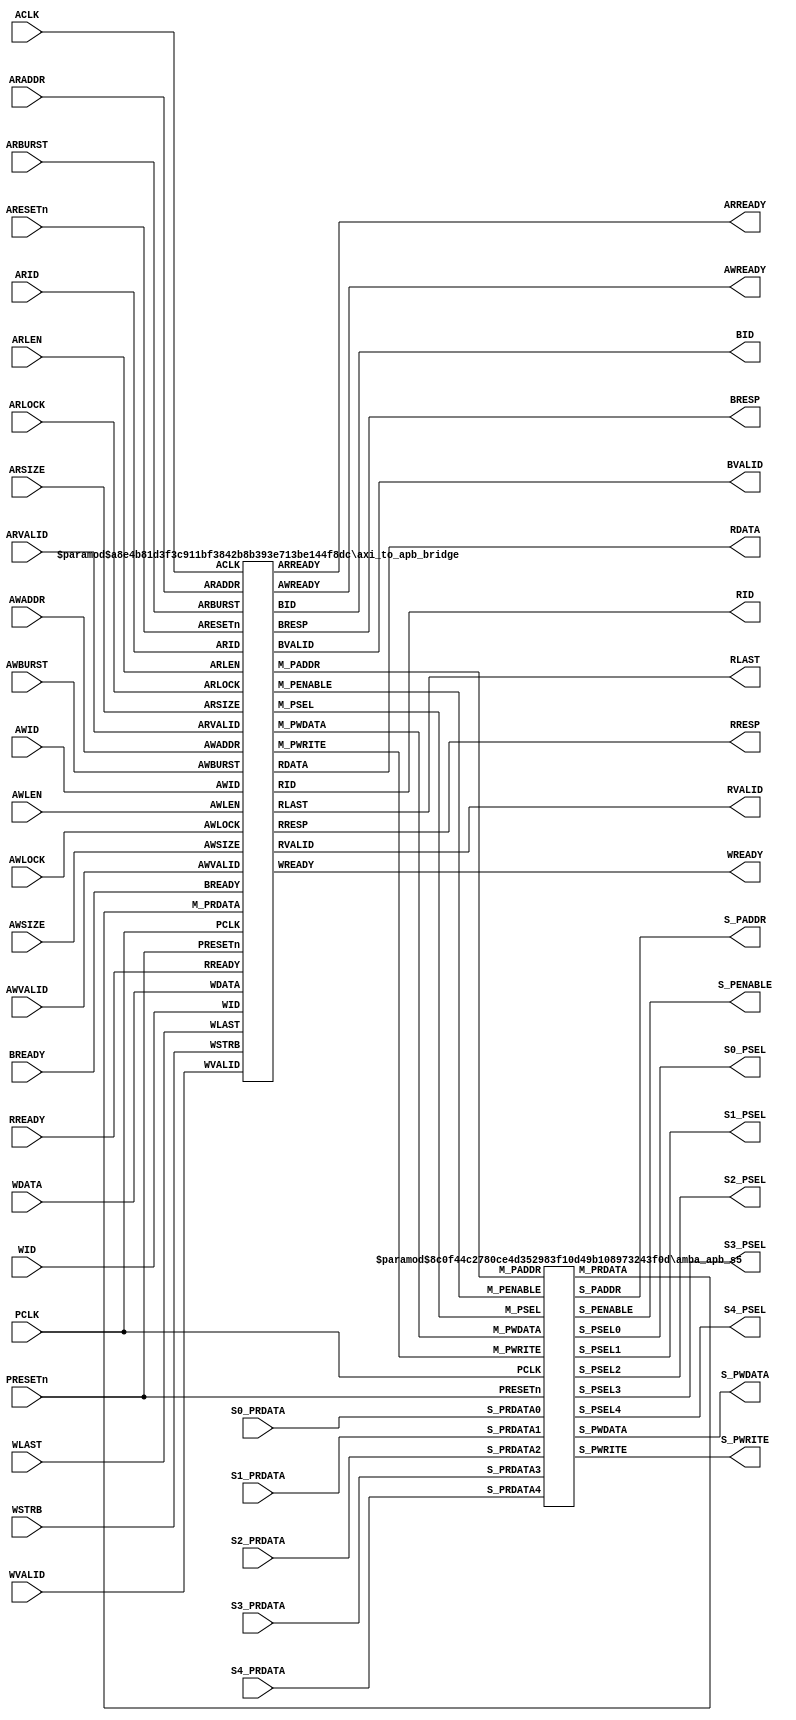
//---------------------------------------------------------------------------
// gen_amba_apb.v generated by "gen_amba_apb"
//---------------------------------------------------------------------------
//---------------------------------------------------------------------------
module axi_to_apb_s5
     #(parameter AXI_WIDTH_CID = 4 // Channel ID width in bits
               , AXI_WIDTH_ID  = 4 // ID width in bits
               , AXI_WIDTH_AD  =32 // address width
               , AXI_WIDTH_DA  =32 // data width
               , AXI_WIDTH_DS  =(AXI_WIDTH_DA/8) // data strobe width
               , AXI_WIDTH_SID =(AXI_WIDTH_CID+AXI_WIDTH_ID)
               , NUM_PSLAVE    =5
               , WIDTH_PAD     =32 // address width
               , WIDTH_PDA     =32 // data width
               , WIDTH_PDS     =(WIDTH_PDA/8) // data strobe width
               , ADDR_PBASE0  =32'hC0000000, ADDR_PLENGTH0=16
               , ADDR_PBASE1  =32'hC0001000, ADDR_PLENGTH1=16
               , ADDR_PBASE2  =32'hC0002000, ADDR_PLENGTH2=16
               , ADDR_PBASE3  =32'hC0003000, ADDR_PLENGTH3=16
               , ADDR_PBASE4  =32'hC0004000, ADDR_PLENGTH4=16
               , CLOCK_RATIO  =2'b00// 0=1:1, 3=async
      )
(
       input  wire                     ARESETn
     , input  wire                     ACLK
     , input  wire [AXI_WIDTH_SID-1:0] AWID
     , input  wire [AXI_WIDTH_AD-1:0]  AWADDR
     `ifdef AMBA_AXI4
     , input  wire [ 7:0]              AWLEN
     , input  wire                     AWLOCK
     `else
     , input  wire [ 3:0]              AWLEN
     , input  wire [ 1:0]              AWLOCK
     `endif
     , input  wire [ 2:0]              AWSIZE
     , input  wire [ 1:0]              AWBURST
     `ifdef AMBA_AXI_CACHE
     , input  wire [ 3:0]              AWCACHE
     `endif
     `ifdef AMBA_AXI_PROT
     , input  wire [ 2:0]              AWPROT
     `endif
     , input  wire                     AWVALID
     , output wire                     AWREADY
     `ifdef AMBA_AXI4
     , input  wire [ 3:0]              AWQOS
     , input  wire [ 3:0]              AWREGION
     `endif
     , input  wire [AXI_WIDTH_SID-1:0] WID
     , input  wire [AXI_WIDTH_DA-1:0]  WDATA
     , input  wire [AXI_WIDTH_DS-1:0]  WSTRB
     , input  wire                     WLAST
     , input  wire                     WVALID
     , output wire                     WREADY
     , output wire [AXI_WIDTH_SID-1:0] BID
     , output wire [ 1:0]              BRESP
     , output wire                     BVALID
     , input  wire                     BREADY
     , input  wire [AXI_WIDTH_SID-1:0] ARID
     , input  wire [AXI_WIDTH_AD-1:0]  ARADDR
     `ifdef AMBA_AXI4
     , input  wire [ 7:0]              ARLEN
     , input  wire                     ARLOCK
     `else
     , input  wire [ 3:0]              ARLEN
     , input  wire [ 1:0]              ARLOCK
     `endif
     , input  wire [ 2:0]              ARSIZE
     , input  wire [ 1:0]              ARBURST
     `ifdef AMBA_AXI_CACHE
     , input  wire [ 3:0]              ARCACHE
     `endif
     `ifdef AMBA_AXI_PROT
     , input  wire [ 2:0]              ARPROT
     `endif
     , input  wire                     ARVALID
     , output wire                     ARREADY
     `ifdef AMBA_AXI4
     , input  wire [ 3:0]              ARQOS
     , input  wire [ 3:0]              ARREGION
     `endif
     , output wire [AXI_WIDTH_SID-1:0] RID
     , output wire [AXI_WIDTH_DA-1:0]  RDATA
     , output wire [ 1:0]              RRESP
     , output wire                     RLAST
     , output wire                     RVALID
     , input  wire                     RREADY
     //-----------------------------------------------------------
     , input  wire                     PRESETn
     , input  wire                     PCLK
     , output wire [WIDTH_PAD-1:0]     S_PADDR
     , output wire                     S_PENABLE
     , output wire                     S_PWRITE
     , output wire [WIDTH_PDA-1:0]     S_PWDATA
     , output wire                     S0_PSEL
     , input  wire [WIDTH_PDA-1:0]     S0_PRDATA
     `ifdef AMBA_APB3
     , input  wire                     S0_PREADY
     , input  wire                     S0_PSLVERR
     `endif
     , output wire                     S1_PSEL
     , input  wire [WIDTH_PDA-1:0]     S1_PRDATA
     `ifdef AMBA_APB3
     , input  wire                     S1_PREADY
     , input  wire                     S1_PSLVERR
     `endif
     , output wire                     S2_PSEL
     , input  wire [WIDTH_PDA-1:0]     S2_PRDATA
     `ifdef AMBA_APB3
     , input  wire                     S2_PREADY
     , input  wire                     S2_PSLVERR
     `endif
     , output wire                     S3_PSEL
     , input  wire [WIDTH_PDA-1:0]     S3_PRDATA
     `ifdef AMBA_APB3
     , input  wire                     S3_PREADY
     , input  wire                     S3_PSLVERR
     `endif
     , output wire                     S4_PSEL
     , input  wire [WIDTH_PDA-1:0]     S4_PRDATA
     `ifdef AMBA_APB3
     , input  wire                     S4_PREADY
     , input  wire                     S4_PSLVERR
     `endif
     `ifdef AMBA_APB4
     , output wire [WIDTH_PDS-1:0]     S_PSTRB
     , output wire [ 2:0]              S_PPROT
     `endif
     //-----------------------------------------------------------
);
     //-----------------------------------------------------------
     wire        M_PSEL   ;
     wire        M_PENABLE;
     wire [31:0] M_PADDR  ;
     wire        M_PWRITE ;
     wire [31:0] M_PRDATA ;
     wire [31:0] M_PWDATA ;
     `ifdef AMBA_APB3
     wire        M_PREADY ;
     wire        M_PSLVERR;
     `endif
     `ifdef AMBA_APB4
     wire [ 2:0] M_PPROT  ;
     wire [ 3:0] M_PSTRB  ;
     `endif
     //-----------------------------------------------------------
     axi_to_apb_bridge #(.AXI_WIDTH_CID(AXI_WIDTH_CID)// Channel ID width in bits
                        ,.AXI_WIDTH_ID (AXI_WIDTH_ID )// ID width in bits
                        ,.AXI_WIDTH_AD (AXI_WIDTH_AD )// address width
                        ,.AXI_WIDTH_DA (AXI_WIDTH_DA )// data width
                        ,.APB_WIDTH_PAD(WIDTH_PAD    )// APB address width
                        ,.CLOCK_RATIO  (CLOCK_RATIO  )
                        )
     u_bridge (
            .ARESETn            (ARESETn    )
          , .ACLK               (ACLK       )
          , .AWID               (AWID       )
          , .AWADDR             (AWADDR     )
          , .AWLEN              (AWLEN      )
          , .AWLOCK             (AWLOCK     )
          , .AWSIZE             (AWSIZE     )
          , .AWBURST            (AWBURST    )
          `ifdef AMBA_AXI_CACHE
          , .AWCACHE            (AWCACHE    )
          `endif
          `ifdef AMBA_AXI_PROT
          , .AWPROT             (AWPROT     )
          `endif
          , .AWVALID            (AWVALID    )
          , .AWREADY            (AWREADY    )
          `ifdef AMBA_AXI4
          , .AWQOS              (AWQOS      )
          , .AWREGION           (AWREGION   )
          `endif
          , .WID                (WID        )
          , .WDATA              (WDATA      )
          , .WSTRB              (WSTRB      )
          , .WLAST              (WLAST      )
          , .WVALID             (WVALID     )
          , .WREADY             (WREADY     )
          , .BID                (BID        )
          , .BRESP              (BRESP      )
          , .BVALID             (BVALID     )
          , .BREADY             (BREADY     )
          , .ARID               (ARID       )
          , .ARADDR             (ARADDR     )
          , .ARLEN              (ARLEN      )
          , .ARLOCK             (ARLOCK     )
          , .ARSIZE             (ARSIZE     )
          , .ARBURST            (ARBURST    )
          `ifdef AMBA_AXI_CACHE
          , .ARCACHE            (ARCACHE    )
          `endif
          `ifdef AMBA_AXI_PROT
          , .ARPROT             (ARPROT     )
          `endif
          , .ARVALID            (ARVALID    )
          , .ARREADY            (ARREADY    )
          `ifdef AMBA_AXI4
          , .ARQOS              (ARQOS      )
          , .ARREGION           (ARREGION   )
          `endif
          , .RID                (RID        )
          , .RDATA              (RDATA      )
          , .RRESP              (RRESP      )
          , .RLAST              (RLAST      )
          , .RVALID             (RVALID     )
          , .RREADY             (RREADY     )

          , .PCLK               (PCLK       )
          , .PRESETn            (PRESETn    )
          , .M_PSEL             (M_PSEL     )
          , .M_PENABLE          (M_PENABLE  )
          , .M_PADDR            (M_PADDR    )
          , .M_PWRITE           (M_PWRITE   )
          , .M_PRDATA           (M_PRDATA   )
          , .M_PWDATA           (M_PWDATA   )
          `ifdef AMBA_APB3
          , .M_PREADY           (M_PREADY   )
          , .M_PSLVERR          (M_PSLVERR  )
          `endif
          `ifdef AMBA_APB4
          , .M_PPROT            (M_PPROT    )
          , .M_PSTRB            (M_PSTRB    )
          `endif

     );
     //-----------------------------------------------------------
     amba_apb_s5 #(.P_NUM(5)// num of slaves
                  ,.P_PSEL0_START(ADDR_PBASE0),.P_PSEL0_SIZE(1<<ADDR_PLENGTH0)
                  ,.P_PSEL1_START(ADDR_PBASE1),.P_PSEL1_SIZE(1<<ADDR_PLENGTH1)
                  ,.P_PSEL2_START(ADDR_PBASE2),.P_PSEL2_SIZE(1<<ADDR_PLENGTH2)
                  ,.P_PSEL3_START(ADDR_PBASE3),.P_PSEL3_SIZE(1<<ADDR_PLENGTH3)
                  ,.P_PSEL4_START(ADDR_PBASE4),.P_PSEL4_SIZE(1<<ADDR_PLENGTH4)
                  )
     u_amba_apb_s5 (
         .PRESETn       (PRESETn    )
       , .PCLK          (PCLK       )
       , .M_PSEL        (M_PSEL     )
       , .M_PENABLE     (M_PENABLE  )
       , .M_PADDR       (M_PADDR    )
       , .M_PWRITE      (M_PWRITE   )
       , .M_PWDATA      (M_PWDATA   )
       , .M_PRDATA      (M_PRDATA   )
       `ifdef AMBA_APB3
       , .M_PREADY      (M_PREADY   )
       , .M_PSLVERR     (M_PSLVERR  )
       `endif
       `ifdef AMBA_APB4
       , .M_PPROT       (M_PPROT    )
       , .M_PSTRB       (M_PSTRB    )
       `endif
       , .S_PADDR       (S_PADDR      )
       , .S_PENABLE     (S_PENABLE    )
       , .S_PWRITE      (S_PWRITE     )
       , .S_PWDATA      (S_PWDATA     )
       `ifdef AMBA_APB4
       , .S_PPROT       (S_PPROT      )
       , .S_PSTRB       (S_PSTRB      )
       `endif
       , .S_PSEL0      (S0_PSEL     )
       , .S_PRDATA0    (S0_PRDATA   )
       `ifdef AMBA_APB3
       , .S_PREADY0    (S0_PREADY   )
       , .S_PSLVERR0   (S0_PSLVERR  )
       `endif
       , .S_PSEL1      (S1_PSEL     )
       , .S_PRDATA1    (S1_PRDATA   )
       `ifdef AMBA_APB3
       , .S_PREADY1    (S1_PREADY   )
       , .S_PSLVERR1   (S1_PSLVERR  )
       `endif
       , .S_PSEL2      (S2_PSEL     )
       , .S_PRDATA2    (S2_PRDATA   )
       `ifdef AMBA_APB3
       , .S_PREADY2    (S2_PREADY   )
       , .S_PSLVERR2   (S2_PSLVERR  )
       `endif
       , .S_PSEL3      (S3_PSEL     )
       , .S_PRDATA3    (S3_PRDATA   )
       `ifdef AMBA_APB3
       , .S_PREADY3    (S3_PREADY   )
       , .S_PSLVERR3   (S3_PSLVERR  )
       `endif
       , .S_PSEL4      (S4_PSEL     )
       , .S_PRDATA4    (S4_PRDATA   )
       `ifdef AMBA_APB3
       , .S_PREADY4    (S4_PREADY   )
       , .S_PSLVERR4   (S4_PSLVERR  )
       `endif
     );
     //-----------------------------------------------------------
endmodule
//---------------------------------------------------------------------------
//---------------------------------------------------------------------------
`ifndef AXI_TO_APB_BRIDGE_V
`define AXI_TO_APB_BRIDGE_V
module axi_to_apb_bridge
     #(parameter AXI_WIDTH_CID  = 4 // Channel ID width in bits
               , AXI_WIDTH_ID   = 4 // ID width in bits
               , AXI_WIDTH_AD   =32 // address width
               , AXI_WIDTH_DA   =32 // data width
               , AXI_WIDTH_DS   =(AXI_WIDTH_DA/8)  // data strobe width
               , AXI_WIDTH_DSB  =clogb2(AXI_WIDTH_DS) // data strobe width
               , AXI_WIDTH_SID  =(AXI_WIDTH_CID+AXI_WIDTH_ID)
               , APB_WIDTH_PAD  =32 // APB address width
               , APB_WIDTH_PDA  =32 // APB data width
               , CLOCK_RATIO    =2'b00 // 0=1:1, 3=async
               )
(
       input  wire                     ARESETn
     , input  wire                     ACLK
     , input  wire [AXI_WIDTH_SID-1:0] AWID
     , input  wire [AXI_WIDTH_AD-1:0]  AWADDR
     `ifdef AMBA_AXI4
     , input  wire [ 7:0]              AWLEN
     , input  wire                     AWLOCK
     `else
     , input  wire [ 3:0]              AWLEN
     , input  wire [ 1:0]              AWLOCK
     `endif
     , input  wire [ 2:0]              AWSIZE
     , input  wire [ 1:0]              AWBURST
     `ifdef AMBA_AXI_CACHE
     , input  wire [ 3:0]              AWCACHE
     `endif
     `ifdef AMBA_AXI_PROT
     , input  wire [ 2:0]              AWPROT
     `endif
     , input  wire                     AWVALID
     , output reg                      AWREADY
     `ifdef AMBA_AXI4
     , input  wire [ 3:0]              AWQOS
     , input  wire [ 3:0]              AWREGION
     `endif
     , input  wire [AXI_WIDTH_SID-1:0] WID
     , input  wire [AXI_WIDTH_DA-1:0]  WDATA
     , input  wire [AXI_WIDTH_DS-1:0]  WSTRB
     , input  wire                     WLAST
     , input  wire                     WVALID
     , output reg                      WREADY
     , output reg  [AXI_WIDTH_SID-1:0] BID
     , output reg  [ 1:0]              BRESP
     , output reg                      BVALID
     , input  wire                     BREADY
     , input  wire [AXI_WIDTH_SID-1:0] ARID
     , input  wire [AXI_WIDTH_AD-1:0]  ARADDR
     `ifdef AMBA_AXI4
     , input  wire [ 7:0]              ARLEN
     , input  wire                     ARLOCK
     `else
     , input  wire [ 3:0]              ARLEN
     , input  wire [ 1:0]              ARLOCK
     `endif
     , input  wire [ 2:0]              ARSIZE
     , input  wire [ 1:0]              ARBURST
     `ifdef AMBA_AXI_CACHE
     , input  wire [ 3:0]              ARCACHE
     `endif
     `ifdef AMBA_AXI_PROT
     , input  wire [ 2:0]              ARPROT
     `endif
     , input  wire                     ARVALID
     , output reg                      ARREADY
     `ifdef AMBA_AXI4
     , input  wire [ 3:0]              ARQOS
     , input  wire [ 3:0]              ARREGION
     `endif
     , output reg  [AXI_WIDTH_SID-1:0] RID
     , output reg  [AXI_WIDTH_DA-1:0]  RDATA
     , output reg  [ 1:0]              RRESP
     , output reg                      RLAST
     , output reg                      RVALID
     , input  wire                     RREADY
     //-----------------------------------------------------------
     , input  wire                     PCLK
     , input  wire                     PRESETn
     , output reg                      M_PSEL
     , output reg                      M_PENABLE
     , output reg  [APB_WIDTH_PAD-1:0] M_PADDR
     , output reg                      M_PWRITE
     , input  wire [APB_WIDTH_PDA-1:0] M_PRDATA
     , output reg  [APB_WIDTH_PDA-1:0] M_PWDATA
     `ifdef AMBA_APB3
     , input  wire                     M_PREADY
     , input  wire                     M_PSLVERR
     `endif
     `ifdef AMBA_APB4
     , output reg  [ 2:0]              M_PPROT
     , output reg  [ 3:0]              M_PSTRB
     `endif
     //-----------------------------------------------------------
);
     //-----------------------------------------------------------
     `ifndef AMBA_APB3
     wire         M_PREADY=1'b1;
     wire         M_PSLVERR=1'b0;
     `endif
     `ifndef AMBA_APB4
     reg  [ 2:0]  M_PPROT=3'b0;
     reg  [ 3:0]  M_PSTRB=4'h0;
     `endif
     //-----------------------------------------------------------
     reg                      REQ=1'b0;
     reg                      ACK=1'b0;
     reg  [APB_WIDTH_PAD-1:0] ADDR='h0;
     reg                      WR=1'b0;
     reg  [31:0]              DATAW=32'h0;
     reg  [31:0]              DATAR=32'h0;
     reg  [ 3:0]              BE=4'h0;
     reg  [ 2:0]              PROT=3'h0;
     reg                      ERROR=1'b0;
     //-----------------------------------------------------------
     reg  [APB_WIDTH_PAD-1:0] Twaddr ;
     reg  [31:0]              Twdata ;
     reg  [ 3:0]              Twstrb ;
     reg                      Twen   ;
     reg  [ 2:0]              Twprot ;
     reg  [APB_WIDTH_PAD-1:0] Traddr ;
     wire [31:0]              Trdata  = DATAR;
     reg  [ 3:0]              Trstrb ;
     reg                      Tren   ;
     reg  [ 2:0]              Trprot ;
     reg                      Tack   ; // ACK_sync;
     //-----------------------------------------------------------
     reg grant_write=1'b0;
     reg grant_read =1'b0;
     //-----------------------------------------------------------
     always @ ( * ) begin
         case ({grant_write,grant_read})
         2'b10: begin // write-case
                REQ   = Twen  ;
                ADDR  = Twaddr;
                WR    = 1'b1  ;
                DATAW = Twdata; // be careful WDATA (AXI)
                BE    = Twstrb;
                PROT  = Twprot;
                end
         2'b01: begin // read-case
                REQ   = Tren  ;
                ADDR  = Traddr;
                WR    = 1'b0  ;
                DATAW =  'h0  ;
                BE    = Trstrb;
                PROT  = Trprot;
                end
         2'b00, 
         2'b11: begin
                REQ   = 1'b0;
                ADDR  =  'h0;
                WR    = 1'b0;
                DATAW =  'h0; // be careful WDATA (AXI)
                BE    = 4'h0;
                PROT  =  'h0;
                end
         endcase
     end
     //-----------------------------------------------------------
     // synthesis translate_off
     always @ (posedge ACLK or negedge ARESETn) begin
     if (ARESETn==1'b0) begin
     end else begin
            if (grant_write&grant_read)
            $display("%04d %m ERROR both granted", $time);
     end
     end
     // synthesis translate_on
     //-----------------------------------------------------------
     reg ACK_sync, ACK_sync0;
     always @ (posedge ACLK or negedge ARESETn) begin
         if (ARESETn==1'b0) begin
             ACK_sync  <= 1'b0;
             ACK_sync0 <= 1'b0;
         end else begin
             ACK_sync  <= ACK_sync0;
             ACK_sync0 <= ACK;
         end
     end
     always @ ( * ) begin
         case (CLOCK_RATIO)
         2'b00: Tack = ACK;
         2'b01: Tack = ACK_sync;
         2'b10: Tack = ACK_sync;
         2'b11: Tack = ACK_sync;
         endcase
     end
     //-----------------------------------------------------------
     // write case
     //-----------------------------------------------------------
     reg  [AXI_WIDTH_SID-1:0] AWID_reg   ;
     reg  [AXI_WIDTH_AD-1:0]  AWADDR_reg ;
     `ifdef AMBA_AXI4
     reg  [ 7:0]              AWLEN_reg  ;
     reg                      AWLOCK_reg ;
     `else
     reg  [ 3:0]              AWLEN_reg  ;
     reg  [ 1:0]              AWLOCK_reg ;
     `endif
     reg  [ 2:0]              AWSIZE_reg ;
     reg  [ 1:0]              AWBURST_reg;
     reg  [ 3:0]              AWCACHE_reg;
     reg  [ 2:0]              AWPROT_reg ;
     reg  [AXI_WIDTH_DA-1:0]  WDATA_reg  ;
     reg  [AXI_WIDTH_DS-1:0]  WSTRB_reg  ;
     //-----------------------------------------------------------
     reg  [APB_WIDTH_PAD-1:0] addrW; // address of each transfer within a burst
     reg  [APB_WIDTH_PAD-1:0] addrWT;// address of each transfer within a beat
     `ifdef AMBA_AXI4
     reg  [ 7:0]              beatW; // keeps num of transfers within a burst
     `else
     reg  [ 3:0]              beatW; // keeps num of transfers within a burst
     `endif
     //-----------------------------------------------------------
     reg  [ 3:0]         tickW;
     wire [ 3:0]         AWTICK = (AXI_WIDTH_DA/32); // num of words in a data-bus
     //-----------------------------------------------------------
     localparam STW_IDLE        = 'h0,
                STW_RUN         = 'h1,
                STW_WRITE0      = 'h2,
                STW_WRITE1      = 'h3,
                STW_WRITE1_VOID = 'h4,
                STW_WRITE2      = 'h5,
                STW_WRITE       = 'h6,
                STW_RSP         = 'h7;
     reg [2:0] stateW=STW_IDLE;
     always @ (posedge ACLK or negedge ARESETn) begin
         if (ARESETn==1'b0) begin
             AWID_reg    <=  'h0;
             AWADDR_reg  <=  'h0;
             AWLEN_reg   <=  'h0;
             AWSIZE_reg  <=  'b0;
             AWBURST_reg <=  'b0;
             AWLOCK_reg  <=  'b0;
             AWCACHE_reg <=  'h0;
             AWPROT_reg  <=  'b0;
             AWREADY     <= 1'b0;
             WREADY      <= 1'b0;
             WDATA_reg   <=  'h0;
             WSTRB_reg   <=  'h0;
             BID         <=  'h0;
             BRESP       <= 2'b10; // SLAVE ERROR
             BVALID      <= 1'b0;
             addrW       <=  'h0;
             addrWT      <=  'h0;
             beatW       <=  'h0;
             Twaddr      <=  'h0;
             Twdata      <=  'h0;
             Twstrb      <=  'h0;
             Twen        <= 1'b0;
             Twprot      <=  'h0;
             tickW       <=  'h0;
             grant_write <= 1'b0;
             stateW      <= STW_IDLE;
         end else begin
             case (stateW)
             STW_IDLE: begin
                 if ((AWVALID==1'b1)&&(grant_read==1'b0)) begin
                      AWREADY     <= 1'b1;
                      grant_write <= 1'b1;
                      AWID_reg    <= AWID   ;
                      AWADDR_reg  <= AWADDR ;
                      AWLEN_reg   <= AWLEN  ;
                      AWSIZE_reg  <= AWSIZE ;
                      AWBURST_reg <= AWBURST;
                      AWLOCK_reg  <= AWLOCK ;
                      `ifdef AMBA_AXI_CACHE
                      AWCACHE_reg <= AWCACHE;
                      `else
                      AWCACHE_reg <= 0;
                      `endif
                      `ifdef AMBA_AXI_PROT
                      AWPROT_reg  <= AWPROT ;
                      `else
                      AWPROT_reg  <= 0;
                      `endif
                      stateW      <= STW_RUN;
                 end
                 end // STW_IDLE
             STW_RUN: begin
                 AWREADY     <= 1'b0;
                 WREADY      <= 1'b1;
                 BRESP       <= 2'b00; // OKAY
                 addrW       <= AWADDR_reg[APB_WIDTH_PAD-1:0];
                 addrWT      <= AWADDR_reg[APB_WIDTH_PAD-1:0];
                 beatW       <=  'h0;
                 tickW       <= get_tick_wr(AWADDR_reg[7:0]); //get_tick_wr(AWADDR_reg[AXI_WIDTH_DSB-1:0]);
                 stateW      <= STW_WRITE0;
                 `ifdef RIGOR
                 // synopsys translate_off
                 if (AWVALID!=1'b1) begin
                   $display("%04d %m ERROR AWVALID should be 1 at this point", $time);
                 end
                 // synopsys translate_on
                 `endif
                 end // STW_RUN
             STW_WRITE0: begin
                 if (WVALID==1'b1) begin
                     WDATA_reg <= WDATA;
                     WSTRB_reg <= WSTRB;
                     Twaddr    <= addrWT;
                     Twdata    <= get_data_wr(addrWT,WDATA);
                     Twstrb    <= get_strb_wr(addrWT,WSTRB);
                     Twen      <= 1'b1;
                     `ifdef AMBA_AXI_PROT
                     Twprot    <= AWPROT_reg;
                     `else
                     Twprot    <=  'h0;
                     `endif
                     tickW     <= tickW + 1;
                     if (beatW>=AWLEN_reg) begin
                         if (WLAST==1'b0) BRESP <= 2'b10; // SLVERR - missing last
                     end
                     if (WID!=AWID_reg) BRESP <= 2'b10; // SLVERR - ID mis-match occured
                     WREADY <= 1'b0;
                     stateW <= STW_WRITE1;
                 end else begin
                     Twen   <= 1'b0;
                 end
                 end // STW_WRITE0
             STW_WRITE1: begin
                 if (Tack==1'b1) begin
                     Twen <= 1'b0;
                     if (tickW>=AWTICK) begin
                        beatW  <= beatW + 1;
                        addrW  <= get_next_addr_wr(addrW,AWSIZE_reg,AWBURST_reg,AWLEN_reg);
                        addrWT <= get_next_addr_wr(addrW,AWSIZE_reg,AWBURST_reg,AWLEN_reg);
                        if (beatW>=AWLEN_reg) begin
                            BID    <= AWID_reg;
                            tickW  <=  'h0;
                            stateW <= STW_RSP;
                        end else begin
                            tickW  <=  'h0; // it should be 0
                            stateW <= STW_WRITE;
                        end
                     end else begin
                         addrWT <= addrWT+4; // because TCM is 32-bit wide
                         stateW <= STW_WRITE2;
                     end
                 end
                 end // STW_WRITE1
             STW_WRITE1_VOID: begin
                 if (tickW>=AWTICK) begin
                    beatW  <= beatW + 1;
                    addrW  <= get_next_addr_wr(addrW,AWSIZE_reg,AWBURST_reg,AWLEN_reg);
                    addrWT <= get_next_addr_wr(addrW,AWSIZE_reg,AWBURST_reg,AWLEN_reg);
                    if (beatW>=AWLEN_reg) begin
                        BID    <= AWID_reg;
                        tickW  <=  'h0;
                        stateW <= STW_RSP;
                    end else begin
                        tickW  <=  'h0; // it should be 0
                        stateW <= STW_WRITE;
                    end
                 end else begin
                     addrWT <= addrWT+4; // because TCM is 32-bit wide
                     stateW <= STW_WRITE2;
                 end
                 end // STW_WRITE1
             STW_WRITE2: begin
                 if (Tack==1'b0) begin
                     tickW  <= tickW + 1;
                     if (|get_strb_wr(addrWT,WSTRB_reg)) begin
                         Twaddr <= addrWT;
                         Twdata <= get_data_wr(addrWT,WDATA_reg);
                         Twstrb <= get_strb_wr(addrWT,WSTRB_reg);
                         Twen   <= 1'b1;
                         stateW <= STW_WRITE1;
                     end else begin
                         Twdata <= 'h0;
                         Twstrb <= 'h0;
                         stateW <= STW_WRITE1_VOID;
                     end
                 end
                 end // STW_WRITE2
             STW_WRITE: begin
                 if (Tack==1'b0) begin
                     WREADY <= 1'b1;
                     stateW <= STW_WRITE0;
                 end
                 end // STW_WRITE
             STW_RSP: begin
                 if (Tack==1'b0) begin
                     grant_write <= 1'b0;
                     if ((BREADY==1'b1)&&(BVALID==1'b1)) begin
                         BVALID  <= 1'b0;
                         stateW  <= STW_IDLE;
                     end else begin
                         BVALID <= 1'b1;
                     end
                 end
                 end // STW_RSP
             endcase
         end
     end
     //-----------------------------------------------------------
     // read case
     //-----------------------------------------------------------
     reg  [AXI_WIDTH_AD-1:0] ARADDR_reg ;
     `ifdef AMBA_AXI4
     reg  [ 7:0]             ARLEN_reg  ;
     reg                     ARLOCK_reg ;
     `else
     reg  [ 3:0]             ARLEN_reg  ;
     reg  [ 1:0]             ARLOCK_reg ;
     `endif
     reg  [ 2:0]             ARSIZE_reg ;
     reg  [ 1:0]             ARBURST_reg;
     reg  [ 3:0]             ARCACHE_reg;
     reg  [ 2:0]             ARPROT_reg ;
     reg  [AXI_WIDTH_DS-1:0] ARSTRB_reg ;
     //-----------------------------------------------------------
     reg  [APB_WIDTH_PAD-1:0] addrR ;// address of each transfer within a burst
     reg  [APB_WIDTH_PAD-1:0] addrRT;// address of each transfer within a beat
     `ifdef AMBA_AXI4
     reg  [ 7:0]              beatR; // keeps num of transfers within a burst
     `else
     reg  [ 3:0]              beatR; // keeps num of transfers within a burst
     `endif
     //-----------------------------------------------------------
     reg  [ 3:0] tickR;
     wire [ 3:0] ARTICK = (AXI_WIDTH_DA/32); // num of words in a data-bus
     //-----------------------------------------------------------
     localparam STR_IDLE      = 'h0,
                STR_RUN       = 'h1,
                STR_WAIT      = 'h2,
                STR_WAIT_VOID = 'h3,
                STR_TICK      = 'h4,
                STR_READ0     = 'h5,
                STR_READ1     = 'h6,
                STR_END       = 'h7;
     reg [2:0] stateR=STR_IDLE;
     always @ (posedge ACLK or negedge ARESETn) begin
         if (ARESETn==1'b0) begin
             ARADDR_reg  <=  'h0;
             ARLEN_reg   <=  'h0;
             ARLOCK_reg  <=  'b0;
             ARSIZE_reg  <=  'b0;
             ARBURST_reg <=  'b0;
             ARCACHE_reg <=  'h0;
             ARPROT_reg  <=  'b0;
             ARSTRB_reg  <=  'h0;
             ARREADY     <= 1'b0;
             RID         <=  'h0;
             RLAST       <= 1'b0;
             RRESP       <= 2'b10; // SLAERROR
             RDATA       <=  'h0;
             RVALID      <= 1'b0;
             addrR       <=  'h0;
             addrRT      <=  'h0;
             beatR       <=  'h0;
             Traddr      <=  'h0;
             Trstrb      <=  'h0;
             Tren        <= 1'b0;
             Trprot      <=  'h0;
             tickR       <=  'h0;
             grant_read  <= 1'b0;
             stateR      <= STR_IDLE;
         end else begin
             case (stateR)
             STR_IDLE: begin
                 if ((ARVALID==1'b1)&&(AWVALID==1'b0)&&(grant_write==1'b0)) begin
                      grant_read  <= 1'b1;
                      ARREADY     <= 1'b1;
                      ARADDR_reg  <= ARADDR ;
                      ARLEN_reg   <= ARLEN  ;
                      ARSIZE_reg  <= ARSIZE ;
                      ARBURST_reg <= ARBURST;
                      ARLOCK_reg  <= ARLOCK ;
                      `ifdef AMBA_AXI_CACHE
                      ARCACHE_reg <= ARCACHE;
                      `else
                      ARCACHE_reg <= 0;
                      `endif
                      `ifdef AMBA_AXI_PROT
                      ARPROT_reg  <= ARPROT ;
                      `else
                      ARPROT_reg  <= 0;
                      `endif
                      ARSTRB_reg  <= make_strb_rd(ARADDR[AXI_WIDTH_DSB-1:0],ARSIZE);
                      addrR       <= ARADDR[APB_WIDTH_PAD-1:0];
                      addrRT      <= ARADDR[APB_WIDTH_PAD-1:0];
                      stateR      <= STR_RUN;
                 end
                 end // STR_IDLE
             STR_RUN: begin
                 ARREADY     <= 1'b0;
                 RID         <= ARID;
                 RDATA       <=  'h0; // it should be here
                 beatR       <=  'h0;
                 tickR       <= get_tick_rd(addrRT[7:0]);
                 Traddr      <= addrRT;
                 Trstrb      <= get_strb_rd(addrRT,ARSTRB_reg);
                 Tren        <= 1'b1;
                 `ifdef AMBA_AXI_PROT
                 Trprot      <= ARPROT_reg;
                 `else
                 Trprot      <=  'h0;
                 `endif
                 stateR      <= STR_WAIT;
                 end // STR_RUN
             STR_WAIT: begin
                 if (Tack) begin
                    Tren   <= 1'b0;
                    RDATA  <= get_data_rd(RDATA,addrRT,Trdata,ARSIZE_reg);
                    if (tickR>=ARTICK) begin
                        addrR  <= get_next_addr_rd(addrR,ARSIZE_reg,ARBURST_reg,ARLEN_reg);
                        addrRT <= get_next_addr_rd(addrR,ARSIZE_reg,ARBURST_reg,ARLEN_reg);
                        tickR  <= 'h0; // since new beat
                        stateR <= STR_READ0;
                    end else begin
                        addrRT <= addrRT + 4; // since TCM is 32-bit width
                        stateR <= STR_TICK;
                    end
                 end
                 end // STR_WAIT
             STR_WAIT_VOID: begin
                 if (tickR>=ARTICK) begin
                     addrR  <= get_next_addr_rd(addrR,ARSIZE_reg,ARBURST_reg,ARLEN_reg);
                     addrRT <= get_next_addr_rd(addrR,ARSIZE_reg,ARBURST_reg,ARLEN_reg);
                     tickR  <= 'h0; // since new beat
                     stateR <= STR_READ0;
                 end else begin
                     addrRT <= addrRT + 4; // since TCM is 32-bit width
                     stateR <= STR_TICK;
                 end
                 end // STR_WAIT
             STR_TICK: begin
                 if (Tack==1'b0) begin
                     tickR  <= tickR + 1;
                     if (|get_strb_rd(addrRT,ARSTRB_reg)) begin
                          Tren   <= 1'b1;
                          Traddr <= addrRT;
                          Trstrb <= get_strb_rd(addrRT,ARSTRB_reg);
                          stateR <= STR_WAIT;
                     end else begin
                          stateR <= STR_WAIT_VOID; // nothing to read
                     end
                 end
                 end // STR_TICK
             STR_READ0: begin
                 if (Tack==1'b0) begin
                     if (beatR>=ARLEN_reg) begin
                         RLAST      <= 1'b1;
                         RRESP      <= 2'b00;
                         RVALID     <= 1'b1;
                         grant_read <= 1'b0;
                         stateR     <= STR_END;
                     end else begin
                         RLAST      <= 1'b0;
                         RRESP      <= 2'b00;
                         RVALID     <= 1'b1;
                         ARSTRB_reg <= make_strb_rd(addrR[AXI_WIDTH_DSB-1:0],ARSIZE_reg);
                         stateR     <= STR_READ1;
                     end
                 end
                 end // STR_READ0
             STR_READ1: begin
                 if (RREADY) begin
                     RVALID <= 1'b0;
                     RDATA  <= 'h0;
                     Tren   <= 1'b1;
                     Traddr <= addrRT;
                     Trstrb <= get_strb_rd(addrRT,ARSTRB_reg);
                     tickR  <= 'h1;
                     beatR  <= beatR + 1;
                     stateR <= STR_WAIT;
                 end
                 end // STR_READ1
             STR_END: begin // data only
                 if (RREADY==1'b1) begin
                     RLAST   <= 1'b0;
                     RVALID  <= 1'b0;
                     stateR <= STR_IDLE;
                 end
                 end // STR_END
             endcase
         end
     end
     //-----------------------------------------------------------
     function [3:0] get_strb_wr;
          input [APB_WIDTH_PAD-1:0]  addr;
          input [AXI_WIDTH_DS-1:0] strb;  // num. of byte to move: 0=1-byte, 1=2-byte
     begin
          case (AXI_WIDTH_DS)
           4: get_strb_wr = strb;
           8: case (addr[2])
              0: get_strb_wr = strb;
              1: get_strb_wr = strb>>4;
              endcase
          16: case (addr[3:2])
              2'b00: get_strb_wr = strb;
              2'b01: get_strb_wr = strb>>4;
              2'b10: get_strb_wr = strb>>8;
              2'b11: get_strb_wr = strb>>12;
              endcase
          default: begin
                   get_strb_wr = strb;
                   // synopsys translate_off
                   $display("%04d %m ERROR un-supported WSTRB width %2d", $time, AXI_WIDTH_DS);
                   // synopsys translate_on
                   end
          endcase
     end
     endfunction
     //-----------------------------------------------------------
     function [3:0] get_strb_rd;
          input [APB_WIDTH_PAD-1:0]  addr;
          input [AXI_WIDTH_DS-1:0] strb;  // num. of byte to move: 0=1-byte, 1=2-byte
     begin
          case (AXI_WIDTH_DS)
           4: get_strb_rd = strb;
           8: case (addr[2])
              0: get_strb_rd = strb;
              1: get_strb_rd = strb>>4;
              endcase
          16: case (addr[3:2])
              2'b00: get_strb_rd = strb;
              2'b01: get_strb_rd = strb>>4;
              2'b10: get_strb_rd = strb>>8;
              2'b11: get_strb_rd = strb>>12;
              endcase
          default: begin
                   get_strb_rd = strb;
                   // synopsys translate_off
                   $display("%04d %m ERROR un-supported WSTRB width %2d", $time, AXI_WIDTH_DS);
                   // synopsys translate_on
                   end
          endcase
     end
     endfunction
     //-----------------------------------------------------------
     function [AXI_WIDTH_DS-1:0] make_strb_rd;
          input [AXI_WIDTH_DSB-1:0] addr;
          input [ 2:0]              size; // 0=1-byte, 1=2-byte
          reg   [127:0]             strb;
     begin
          case (size)
          3'b000: strb = {   1{1'b1}}<<addr; // one-byte
          3'b001: strb = {   2{1'b1}}<<addr; // two-byte
          3'b010: strb = {   4{1'b1}}<<addr; // four-byte
          3'b011: strb = {   8{1'b1}}<<addr;
          3'b100: strb = {  16{1'b1}}<<addr;
          3'b101: strb = {  32{1'b1}}<<addr;
          3'b110: strb = { 64{1'b1}}<<addr;
          3'b111: strb = {128{1'b1}}<<addr;
          endcase
          make_strb_rd = strb[AXI_WIDTH_DS-1:0];
     end
     endfunction
     //-----------------------------------------------------------
     function [APB_WIDTH_PAD-1:0] get_next_addr_wr;
          input [APB_WIDTH_PAD-1:0] addr ;
          input [ 2:0]            size ;
          input [ 1:0]            burst; // burst type
          `ifdef AMBA_AXI4
          input [ 7:0]            len  ; // burst length
          `else
          input [ 3:0]            len  ; // burst length
          `endif
          reg   [APB_WIDTH_PAD-3:0] naddr;
          reg   [APB_WIDTH_PAD-1:0] mask ;
     begin
          case (burst)
          2'b00: get_next_addr_wr = addr;
          2'b01: begin
                 if ((1<<size)<AXI_WIDTH_DS) begin
                    get_next_addr_wr = addr + (1<<size);
                 end else begin
                     naddr = addr[APB_WIDTH_PAD-1:AXI_WIDTH_DSB];
                     naddr = naddr + 1;
                     get_next_addr_wr = {naddr,{AXI_WIDTH_DSB{1'b0}}};
                 end
                 end
          2'b10: begin
                 mask          = get_wrap_mask(size,len);
                 get_next_addr_wr = (addr&~mask)
                               | (((addr&mask)+(1<<size))&mask);
                 end
          2'b11: begin
                 get_next_addr_wr = addr;
                 // synopsys translate_off
                 $display("%04d %m ERROR un-defined BURST %01x", $time, burst);
                 // synopsys translate_on
                 end
          endcase
     end
     endfunction
     //-----------------------------------------------------------
     function [APB_WIDTH_PAD-1:0] get_next_addr_rd;
          input [APB_WIDTH_PAD-1:0] addr ;
          input [ 2:0]            size ;
          input [ 1:0]            burst; // burst type
          `ifdef AMBA_AXI4
          input [ 7:0]            len  ; // burst length
          `else
          input [ 3:0]            len  ; // burst length
          `endif
          reg   [APB_WIDTH_PAD-3:0] naddr;
          reg   [APB_WIDTH_PAD-1:0] mask ;
     begin
          case (burst)
          2'b00: get_next_addr_rd = addr;
          2'b01: begin
                 if ((1<<size)<AXI_WIDTH_DS) begin
                    get_next_addr_rd = addr + (1<<size);
                 end else begin
                     naddr = addr[APB_WIDTH_PAD-1:AXI_WIDTH_DSB];
                     naddr = naddr + 1;
                     get_next_addr_rd = {naddr,{AXI_WIDTH_DSB{1'b0}}};
                 end
                 end
          2'b10: begin
                 mask          = get_wrap_mask(size,len);
                 get_next_addr_rd = (addr&~mask)
                               | (((addr&mask)+(1<<size))&mask);
                 end
          2'b11: begin
                 get_next_addr_rd = addr;
                 // synopsys translate_off
                 $display("%04d %m ERROR un-defined BURST %01x", $time, burst);
                 // synopsys translate_on
                 end
          endcase
     end
     endfunction
     //-----------------------------------------------------------
     function [APB_WIDTH_PAD-1:0] get_wrap_mask;
          input [ 2:0]      size ;
          `ifdef AMBA_AXI4
          input [ 7:0]      len  ; // burst length
          `else
          input [ 3:0]      len  ; // burst length
          `endif
     begin
          case (size)
          3'b000: get_wrap_mask = (    (len+1))-1;
          3'b001: get_wrap_mask = (  2*(len+1))-1;
          3'b010: get_wrap_mask = (  4*(len+1))-1;
          3'b011: get_wrap_mask = (  8*(len+1))-1;
          3'b100: get_wrap_mask = ( 16*(len+1))-1;
          3'b101: get_wrap_mask = ( 32*(len+1))-1;
          3'b110: get_wrap_mask = ( 64*(len+1))-1;
          3'b111: get_wrap_mask = (128*(len+1))-1;
          endcase
     end
     endfunction
     //-----------------------------------------------------------
     function [31:0] get_data_wr;
          input [APB_WIDTH_PAD-1:0] addr;
          input [AXI_WIDTH_DA-1:0]    data;
     begin
          case (AXI_WIDTH_DA)
          32: get_data_wr = data;
          64: case (addr[2])
              0: get_data_wr = data;
              1: get_data_wr = data>>32;
              endcase
          128: case (addr[3:2])
              2'b00: get_data_wr = data;
              2'b01: get_data_wr = data>>32;
              2'b10: get_data_wr = data>>64;
              2'b11: get_data_wr = data>>96;
              endcase
          default: begin
                   get_data_wr = data;
                   // synopsys translate_off
                   $display("%04d %m ERROR %d-bit AXI data bus not supported", $time, AXI_WIDTH_DA);
                   // synopsys translate_on
                   end
          endcase
     end
     endfunction
     //-----------------------------------------------------------
     // It determines the first tick value
     function [3:0] get_tick_wr;
          //input [AXI_WIDTH_DSB-1:0] addr;
          input [7:0] addr;
     begin
          case (AXI_WIDTH_DA)
           32: get_tick_wr = 4'h0;
           64: case (addr[2])
               0: get_tick_wr = 4'h0;
               1: get_tick_wr = 4'h1;
               endcase
          128: case (addr[3:2])
               2'b00: get_tick_wr = 4'h0;
               2'b01: get_tick_wr = 4'h1;
               2'b10: get_tick_wr = 4'h2;
               2'b11: get_tick_wr = 4'h3;
               endcase
          default: begin
                   get_tick_wr = 'h0;
                   // synopsys translate_off
                   $display("%m ERROR %d-bit AXI data bus not supported", $time, AXI_WIDTH_DA);
                   // synopsys translate_on
                   end
          endcase
     end
     endfunction
     //-----------------------------------------------------------
     // It determines the first tick value
     function [3:0] get_tick_rd;
          //input [AXI_WIDTH_DSB-1:0] addr;
          input [7:0] addr;
     begin
          case (AXI_WIDTH_DA)
           32: get_tick_rd = 4'h1;
           64: case (addr[2])
               0: get_tick_rd = 4'h1;
               1: get_tick_rd = 4'h2;
               endcase
          128: case (addr[3:2])
               2'b00: get_tick_rd = 4'h1;
               2'b01: get_tick_rd = 4'h2;
               2'b10: get_tick_rd = 4'h3;
               2'b11: get_tick_rd = 4'h4;
               endcase
          default: begin
                   get_tick_rd = 'h1;
                   // synopsys translate_off
                   $display("%04d %m ERROR %d-bit AXI data bus not supported", $time, AXI_WIDTH_DA);
                   // synopsys translate_on
                   end
          endcase
     end
     endfunction
     //-----------------------------------------------------------
     // It merges 'dataT' to 'dataR'.
     function [AXI_WIDTH_DA-1:0] get_data_rd;
          input [AXI_WIDTH_DA-1:0] dataR;
          input [APB_WIDTH_PAD-1:0]  addr;
          input [31:0]             dataT;
          input [ 2:0]             sizeR; // 0=1-byte
     begin
          case (AXI_WIDTH_DA)
          32: get_data_rd = dataT;
          64: case (addr[2])
              0: get_data_rd = dataT;
              1: get_data_rd = (dataT<<32)|dataR;
              endcase
          128: case (addr[3:2])
              2'b00: get_data_rd = dataT;
              2'b01: get_data_rd = (dataT<<32)|dataR;
              2'b10: get_data_rd = (dataT<<64)|dataR;
              2'b11: get_data_rd = (dataT<<96)|dataR;
              endcase
          default: begin
                   get_data_rd = dataT;
                   // synopsys translate_off
                   $display("%04d %m ERROR %d-bit AXI data bus not supported", $time, AXI_WIDTH_DA);
                   // synopsys translate_on
                   end
          endcase
     end
     endfunction
     //-----------------------------------------------------------
     function integer clogb2;
     input [31:0] value;
     reg   [31:0] tmp;
     begin
        tmp = value - 1;
        for (clogb2 = 0; tmp > 0; clogb2 = clogb2 + 1) tmp = tmp >> 1;
     end
     endfunction
     //-----------------------------------------------------------
     reg Treq;
     reg req_sync=1'b0;
     reg req_sync0=1'b0;
     always @ (posedge PCLK or negedge PRESETn) begin
            if (PRESETn==1'b0) begin
                req_sync  <= 1'b0;
                req_sync0 <= 1'b0;
            end else begin
                req_sync  <= req_sync0;
                req_sync0 <= REQ;
            end
     end
     always @ ( * ) begin
         case (CLOCK_RATIO)
         2'b00: Treq = REQ;
         2'b01: Treq = req_sync;
         2'b10: Treq = req_sync;
         2'b11: Treq = req_sync;
         endcase
     end
     //-----------------------------------------------------------
     localparam ST_IDLE  = 'h0,
                ST_ADDR  = 'h1,
                ST_WAIT  = 'h2,
                ST_END   = 'h3;
     reg [1:0] state=ST_IDLE;
     //-----------------------------------------------------------
     always @ (posedge PCLK or negedge PRESETn) begin
            if (PRESETn==1'b0) begin
                M_PSEL    <=  'h0;
                M_PENABLE <=  'h0;
                M_PWRITE  <=  'h0;
                M_PADDR   <=  'h0;
                M_PWDATA  <=  'h0;
                M_PSTRB   <=  'h0;
                M_PPROT   <=  'h0;
                ACK       <=  'b0;
                ERROR     <=  'b0;
                DATAR     <=  'h0;
                state     <= ST_IDLE;
            end else begin
                case (state)
                ST_IDLE: begin
                   if (Treq) begin
                       M_PSEL   <= 1'b1;
                       M_PWRITE <= WR  ;
                       M_PADDR  <= ADDR;
                       M_PWDATA <= DATAW;
                       M_PSTRB  <= (WR) ? BE : 4'hF;
                       M_PPROT  <= PROT;
                       state    <= ST_ADDR;
                   end
                   end // STW_IDLE
                ST_ADDR: begin
                   M_PENABLE <= 1'b1;
                   state     <= ST_WAIT;
                   end // ST_ADDR
                ST_WAIT: begin
                   if (M_PREADY) begin
                       ERROR     <= M_PSLVERR;
                       M_PSEL    <= 1'b0;
                       M_PENABLE <= 1'b0;
                       DATAR     <= M_PRDATA;
                       ACK       <= 1'b1;
                       state     <= ST_END;
                   end
                   end // ST_WAIT
                ST_END: begin
                   if (Treq==1'b0) begin
                       ACK      <= 1'b0;
                       state    <= ST_IDLE;
                   end
                   end // ST_END
                endcase
            end
     end
     //-----------------------------------------------------------
endmodule
`endif
//---------------------------------------------------------------------------
//---------------------------------------------------------------------------
module amba_apb_s5
     #(parameter P_NUM=5 // num of slaves
               , P_PSEL0_START=32'hC0000000, P_PSEL0_SIZE=32'h00001000
               , P_PSEL1_START=32'hC0001000, P_PSEL1_SIZE=32'h00001000
               , P_PSEL2_START=32'hC0002000, P_PSEL2_SIZE=32'h00001000
               , P_PSEL3_START=32'hC0003000, P_PSEL3_SIZE=32'h00001000
               , P_PSEL4_START=32'hC0004000, P_PSEL4_SIZE=32'h00001000
               )
(
       input   wire          PRESETn
     , input   wire          PCLK
     , input   wire          M_PSEL
     , input   wire          M_PENABLE
     , input   wire  [31:0]  M_PADDR
     , input   wire          M_PWRITE
     , input   wire  [31:0]  M_PWDATA
     , output  wire  [31:0]  M_PRDATA
     `ifdef AMBA_APB3
     , output  wire          M_PREADY
     , output  wire          M_PSLVERR
     `endif
     `ifdef AMBA_APB4
     , input   wire  [ 2:0]  M_PPROT
     , input   wire  [ 3:0]  M_PSTRB
     `endif
     , output  wire  [31:0]  S_PADDR
     , output  wire          S_PENABLE
     , output  wire          S_PWRITE
     , output  wire  [31:0]  S_PWDATA
     `ifdef AMBA_APB4
     , output  wire  [ 2:0]  S_PPROT
     , output  wire  [ 3:0]  S_PSTRB
     `endif
     , output  wire          S_PSEL0
     , input   wire  [31:0]  S_PRDATA0
     `ifdef AMBA_APB3
     , input   wire          S_PREADY0
     , input   wire          S_PSLVERR0
     `endif
     , output  wire          S_PSEL1
     , input   wire  [31:0]  S_PRDATA1
     `ifdef AMBA_APB3
     , input   wire          S_PREADY1
     , input   wire          S_PSLVERR1
     `endif
     , output  wire          S_PSEL2
     , input   wire  [31:0]  S_PRDATA2
     `ifdef AMBA_APB3
     , input   wire          S_PREADY2
     , input   wire          S_PSLVERR2
     `endif
     , output  wire          S_PSEL3
     , input   wire  [31:0]  S_PRDATA3
     `ifdef AMBA_APB3
     , input   wire          S_PREADY3
     , input   wire          S_PSLVERR3
     `endif
     , output  wire          S_PSEL4
     , input   wire  [31:0]  S_PRDATA4
     `ifdef AMBA_APB3
     , input   wire          S_PREADY4
     , input   wire          S_PSLVERR4
     `endif
);
     assign S_PADDR   = M_PADDR;
     assign S_PENABLE = M_PENABLE;
     assign S_PWRITE  = M_PWRITE;
     assign S_PWDATA  = M_PWDATA;
     `ifdef AMBA_APB4
     assign S_PPROT   = M_PPROT;
     assign S_PSTRB   = M_PSTRB;
     `endif
     apb_decoder_s5 #(.P_NUM(5)
                  ,.P_PSEL0_START(P_PSEL0_START),.P_PSEL0_SIZE(P_PSEL0_SIZE)
                  ,.P_PSEL1_START(P_PSEL1_START),.P_PSEL1_SIZE(P_PSEL1_SIZE)
                  ,.P_PSEL2_START(P_PSEL2_START),.P_PSEL2_SIZE(P_PSEL2_SIZE)
                  ,.P_PSEL3_START(P_PSEL3_START),.P_PSEL3_SIZE(P_PSEL3_SIZE)
                  ,.P_PSEL4_START(P_PSEL4_START),.P_PSEL4_SIZE(P_PSEL4_SIZE)
                  )
     u_apb_decoder (
           .PSEL  ( M_PSEL  )
         , .PADDR ( M_PADDR )
         , .PSEL0 ( S_PSEL0 )
         , .PSEL1 ( S_PSEL1 )
         , .PSEL2 ( S_PSEL2 )
         , .PSEL3 ( S_PSEL3 )
         , .PSEL4 ( S_PSEL4 )
     );
     apb_mux_s5 #(.P_NUM(5))
     u_apb_mux (
           .PSEL     ({S_PSEL4,S_PSEL3,S_PSEL2,S_PSEL1,S_PSEL0})
         , .PRDATA   (M_PRDATA )
         , .PRDATA0  (S_PRDATA0)
         , .PRDATA1  (S_PRDATA1)
         , .PRDATA2  (S_PRDATA2)
         , .PRDATA3  (S_PRDATA3)
         , .PRDATA4  (S_PRDATA4)
         `ifdef AMBA_APB3
         , .PREADY   (M_PREADY  )
         , .PSLVERR  (M_PSLVERR )
         , .PREADY0  (S_PREADY0)
         , .PSLVERR0 (S_PSLVERR0)
         , .PREADY1  (S_PREADY1)
         , .PSLVERR1 (S_PSLVERR1)
         , .PREADY2  (S_PREADY2)
         , .PSLVERR2 (S_PSLVERR2)
         , .PREADY3  (S_PREADY3)
         , .PSLVERR3 (S_PSLVERR3)
         , .PREADY4  (S_PREADY4)
         , .PSLVERR4 (S_PSLVERR4)
         `endif
     );
endmodule
//---------------------------------------------------------------------------
//---------------------------------------------------------------------------
module apb_decoder_s5
     #(parameter P_NUM=5 // num of slaves
               , P_PSEL0_START=32'hC0000000, P_PSEL0_SIZE=32'h00001000
               , P_PSEL0_END  =P_PSEL0_START+P_PSEL0_SIZE
               , P_PSEL1_START=32'hC0001000, P_PSEL1_SIZE=32'h00001000
               , P_PSEL1_END  =P_PSEL1_START+P_PSEL1_SIZE
               , P_PSEL2_START=32'hC0002000, P_PSEL2_SIZE=32'h00001000
               , P_PSEL2_END  =P_PSEL2_START+P_PSEL2_SIZE
               , P_PSEL3_START=32'hC0003000, P_PSEL3_SIZE=32'h00001000
               , P_PSEL3_END  =P_PSEL3_START+P_PSEL3_SIZE
               , P_PSEL4_START=32'hC0004000, P_PSEL4_SIZE=32'h00001000
               , P_PSEL4_END  =P_PSEL4_START+P_PSEL4_SIZE
               )
(
       input   wire        PSEL
     , input   wire [31:0] PADDR
     , output  wire        PSEL0
     , output  wire        PSEL1
     , output  wire        PSEL2
     , output  wire        PSEL3
     , output  wire        PSEL4
);
   assign PSEL0 = ((PSEL==1'b1)&&(P_NUM>0)&&(PADDR>=P_PSEL0_START)&&(PADDR<P_PSEL0_END)) ? 1'b1 : 1'b0;
   assign PSEL1 = ((PSEL==1'b1)&&(P_NUM>1)&&(PADDR>=P_PSEL1_START)&&(PADDR<P_PSEL1_END)) ? 1'b1 : 1'b0;
   assign PSEL2 = ((PSEL==1'b1)&&(P_NUM>2)&&(PADDR>=P_PSEL2_START)&&(PADDR<P_PSEL2_END)) ? 1'b1 : 1'b0;
   assign PSEL3 = ((PSEL==1'b1)&&(P_NUM>3)&&(PADDR>=P_PSEL3_START)&&(PADDR<P_PSEL3_END)) ? 1'b1 : 1'b0;
   assign PSEL4 = ((PSEL==1'b1)&&(P_NUM>4)&&(PADDR>=P_PSEL4_START)&&(PADDR<P_PSEL4_END)) ? 1'b1 : 1'b0;
   `ifdef RIGOR
   // synthesis translate_off
   initial begin
       if (P_PSEL0_SIZE==0) $display("%m ERROR P_PSEL0_SIZE should be positive 32-bit");
       if (P_PSEL1_SIZE==0) $display("%m ERROR P_PSEL1_SIZE should be positive 32-bit");
       if (P_PSEL2_SIZE==0) $display("%m ERROR P_PSEL2_SIZE should be positive 32-bit");
       if (P_PSEL3_SIZE==0) $display("%m ERROR P_PSEL3_SIZE should be positive 32-bit");
       if (P_PSEL4_SIZE==0) $display("%m ERROR P_PSEL4_SIZE should be positive 32-bit");
       if ((P_PSEL0_END>P_PSEL1_START)&&
           (P_PSEL0_END<=P_PSEL1_END)) $display("%m ERROR address range overlapped 0:1");
       if ((P_PSEL0_END>P_PSEL2_START)&&
           (P_PSEL0_END<=P_PSEL2_END)) $display("%m ERROR address range overlapped 0:2");
       if ((P_PSEL0_END>P_PSEL3_START)&&
           (P_PSEL0_END<=P_PSEL3_END)) $display("%m ERROR address range overlapped 0:3");
       if ((P_PSEL0_END>P_PSEL4_START)&&
           (P_PSEL0_END<=P_PSEL4_END)) $display("%m ERROR address range overlapped 0:4");
       if ((P_PSEL1_END>P_PSEL0_START)&&
           (P_PSEL1_END<=P_PSEL0_END)) $display("%m ERROR address range overlapped 1:0");
       if ((P_PSEL1_END>P_PSEL2_START)&&
           (P_PSEL1_END<=P_PSEL2_END)) $display("%m ERROR address range overlapped 1:2");
       if ((P_PSEL1_END>P_PSEL3_START)&&
           (P_PSEL1_END<=P_PSEL3_END)) $display("%m ERROR address range overlapped 1:3");
       if ((P_PSEL1_END>P_PSEL4_START)&&
           (P_PSEL1_END<=P_PSEL4_END)) $display("%m ERROR address range overlapped 1:4");
       if ((P_PSEL2_END>P_PSEL0_START)&&
           (P_PSEL2_END<=P_PSEL0_END)) $display("%m ERROR address range overlapped 2:0");
       if ((P_PSEL2_END>P_PSEL1_START)&&
           (P_PSEL2_END<=P_PSEL1_END)) $display("%m ERROR address range overlapped 2:1");
       if ((P_PSEL2_END>P_PSEL3_START)&&
           (P_PSEL2_END<=P_PSEL3_END)) $display("%m ERROR address range overlapped 2:3");
       if ((P_PSEL2_END>P_PSEL4_START)&&
           (P_PSEL2_END<=P_PSEL4_END)) $display("%m ERROR address range overlapped 2:4");
       if ((P_PSEL3_END>P_PSEL0_START)&&
           (P_PSEL3_END<=P_PSEL0_END)) $display("%m ERROR address range overlapped 3:0");
       if ((P_PSEL3_END>P_PSEL1_START)&&
           (P_PSEL3_END<=P_PSEL1_END)) $display("%m ERROR address range overlapped 3:1");
       if ((P_PSEL3_END>P_PSEL2_START)&&
           (P_PSEL3_END<=P_PSEL2_END)) $display("%m ERROR address range overlapped 3:2");
       if ((P_PSEL3_END>P_PSEL4_START)&&
           (P_PSEL3_END<=P_PSEL4_END)) $display("%m ERROR address range overlapped 3:4");
       if ((P_PSEL4_END>P_PSEL0_START)&&
           (P_PSEL4_END<=P_PSEL0_END)) $display("%m ERROR address range overlapped 4:0");
       if ((P_PSEL4_END>P_PSEL1_START)&&
           (P_PSEL4_END<=P_PSEL1_END)) $display("%m ERROR address range overlapped 4:1");
       if ((P_PSEL4_END>P_PSEL2_START)&&
           (P_PSEL4_END<=P_PSEL2_END)) $display("%m ERROR address range overlapped 4:2");
       if ((P_PSEL4_END>P_PSEL3_START)&&
           (P_PSEL4_END<=P_PSEL3_END)) $display("%m ERROR address range overlapped 4:3");
   end
   // synthesis translate_on
   `endif
endmodule
//---------------------------------------------------------------------------
//---------------------------------------------------------------------------
module apb_mux_s5
     #(parameter P_NUM=5) // num of slaves
(
       input   wire  [P_NUM-1:0]  PSEL
     , output  reg   [31:0]       PRDATA
     , input   wire  [31:0]       PRDATA0
     , input   wire  [31:0]       PRDATA1
     , input   wire  [31:0]       PRDATA2
     , input   wire  [31:0]       PRDATA3
     , input   wire  [31:0]       PRDATA4
     `ifdef AMBA_APB3
     , output  reg                PREADY
     , output  reg                PSLVERR
     , input   wire               PREADY0
     , input   wire               PSLVERR0
     , input   wire               PREADY1
     , input   wire               PSLVERR1
     , input   wire               PREADY2
     , input   wire               PSLVERR2
     , input   wire               PREADY3
     , input   wire               PSLVERR3
     , input   wire               PREADY4
     , input   wire               PSLVERR4
     `endif
);
     always @ ( PSEL or PRDATA0 or PRDATA1 or PRDATA2 or PRDATA3 or PRDATA4) begin
     case (PSEL)
     5'h1: PRDATA = PRDATA0;
     5'h2: PRDATA = PRDATA1;
     5'h4: PRDATA = PRDATA2;
     5'h8: PRDATA = PRDATA3;
     5'h10: PRDATA = PRDATA4;
     default: PRDATA = 32'h0;
     endcase
     end // always
     `ifdef AMBA_APB3
     always @ ( PSEL or PREADY0 or PREADY1 or PREADY2 or PREADY3 or PREADY4) begin
     case (PSEL)
     5'h1: PREADY = PREADY0;
     5'h2: PREADY = PREADY1;
     5'h4: PREADY = PREADY2;
     5'h8: PREADY = PREADY3;
     5'h10: PREADY = PREADY4;
     default: PREADY = 1'b1; // make ready by default
     endcase
     end // always
     `endif
     `ifdef AMBA_APB3
     always @ ( PSEL or PSLVERR0 or PSLVERR1 or PSLVERR2 or PSLVERR3 or PSLVERR4) begin
     case (PSEL)
     5'h1: PSLVERR = PSLVERR0;
     5'h2: PSLVERR = PSLVERR1;
     5'h4: PSLVERR = PSLVERR2;
     5'h8: PSLVERR = PSLVERR3;
     5'h10: PSLVERR = PSLVERR4;
     default: PSLVERR = 1'b1; // make error by default
     endcase
     end // always
     `endif
endmodule
//---------------------------------------------------------------------------
/* Copyright 2018 Ando Ki (andoki@gmail.com)

Redistribution and use in source and binary forms, with or without modification, are permitted provided that the following conditions are met:

1. Redistributions of source code must retain the above copyright notice, this list of conditions and the following disclaimer.

2. Redistributions in binary form must reproduce the above copyright notice, this list of conditions and the following disclaimer in the documentation and/or other materials provided with the distribution.

THIS SOFTWARE IS PROVIDED BY THE COPYRIGHT HOLDERS AND CONTRIBUTORS "AS IS" AND ANY EXPRESS OR IMPLIED WARRANTIES, INCLUDING, BUT NOT LIMITED TO, THE IMPLIED WARRANTIES OF MERCHANTABILITY AND FITNESS FOR A PARTICULAR PURPOSE ARE DISCLAIMED. IN NO EVENT SHALL THE COPYRIGHT HOLDER OR CONTRIBUTORS BE LIABLE FOR ANY DIRECT, INDIRECT, INCIDENTAL, SPECIAL, EXEMPLARY, OR CONSEQUENTIAL DAMAGES (INCLUDING, BUT NOT LIMITED TO, PROCUREMENT OF SUBSTITUTE GOODS OR SERVICES; LOSS OF USE, DATA, OR PROFITS; OR BUSINESS INTERRUPTION) HOWEVER CAUSED AND ON ANY THEORY OF LIABILITY, WHETHER IN CONTRACT, STRICT LIABILITY, OR TORT (INCLUDING NEGLIGENCE OR OTHERWISE) ARISING IN ANY WAY OUT OF THE USE OF THIS SOFTWARE, EVEN IF ADVISED OF THE POSSIBILITY OF SUCH DAMAGE.

*/